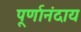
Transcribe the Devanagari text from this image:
पूर्णानंदाय